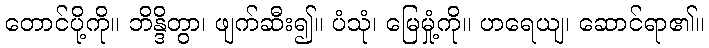
တောင်ပို့ကို။ ဘိန္ဒိတွာ၊ ဖျက်ဆီး၍။ ပံသုံ၊ မြေမှုံ့ကို။ ဟရေယျ၊ ဆောင်ရာ၏။